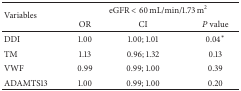
| <ROWSPAN=2> Variables | <COLSPAN=3> eGFR < 60 mL/min/1.73 m2 |
 | OR | CI | P value |
 | --- | --- | --- | --- |
 | DDI | 1.00 | 1.00; 1.01 | 0.04∗ |
 | TM | 1.13 | 0.96; 1.32 | 0.13 |
 | VWF | 0.99 | 0.99; 1.00 | 0.39 |
 | ADAMTS13 | 1.00 | 0.99; 1.00 | 0.20 |